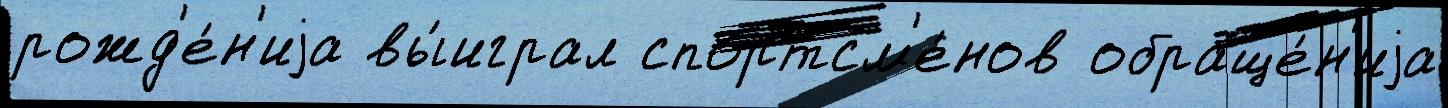
рожд'е́н'иjа вы́играл спортсм'е́нов обраще́н'иjа